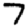
Digit: 7